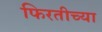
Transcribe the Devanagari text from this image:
फिरतीच्या